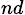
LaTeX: _{nd}